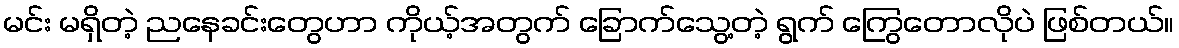
မင်း မရှိတဲ့ ညနေခင်းတွေဟာ ကိုယ့်အတွက် ခြောက်သွေ့တဲ့ ရွက် ကြွေတောလိုပဲ ဖြစ်တယ်။